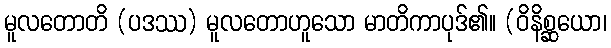
မူလတောတိ (ပဒဿ) မူလတောဟူသော မာတိကာပုဒ်၏။ (ဝိနိစ္ဆယော၊